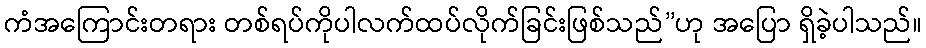
ကံအကြောင်းတရား တစ်ရပ်ကိုပါလက်ထပ်လိုက်ခြင်းဖြစ်သည်”ဟု အပြော ရှိခဲ့ပါသည်။